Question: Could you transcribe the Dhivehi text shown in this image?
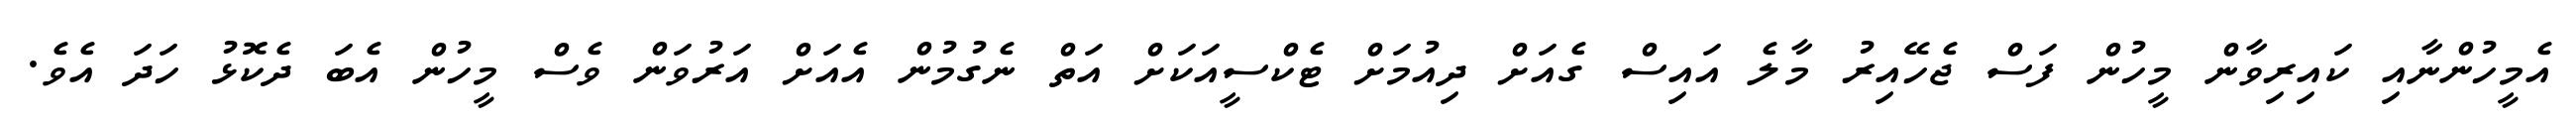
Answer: އެމީހުންނާއި ކައިރިވާން މީހުން ފަސް ޖެހޭއިރު މާލެ އައިސް ގެއަށް ދިއުމަށް ޓެކްސީއަކަށް އަތް ނެގުމުން އެއަށް އަރުވަން ވެސް މީހުން އެބަ ދެކޮޅު ހަދަ އެވެ.